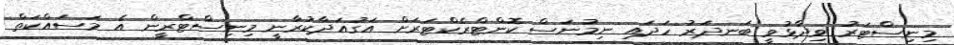
މިނިސްޓަރު ވިދާޅުވީ ބަނދަރު ހަދައި ނިމުނަސް ކޮންޓްރެކްޓަރަށް އަގުއަދާކުރާނީ މިނިސްޓްރީން އެ މަސައްކަތް